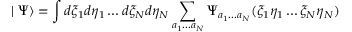
\mid \Psi \rangle = \int d \xi _ { 1 } d \eta _ { 1 } \ldots d \xi _ { N } d \eta _ { N } \sum _ { a _ { 1 } \ldots a _ { N } } \Psi _ { a _ { 1 } \ldots a _ { N } } ( \xi _ { 1 } \eta _ { 1 } \ldots \xi _ { N } \eta _ { N } )